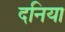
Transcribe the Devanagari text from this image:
दनिया